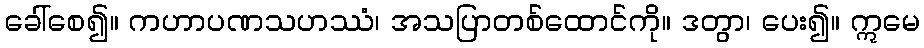
ခေါ်စေ၍။ ကဟာပဏသဟဿံ၊ အသပြာတစ်ထောင်ကို။ ဒတွာ၊ ပေး၍။ ဣမေ